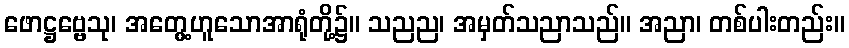
ဖောဋ္ဌဗ္ဗေသု၊ အတွေ့ဟူသောအာရုံတို့၌။ သညည၊ အမှတ်သညာသည်။ အညာ၊ တစ်ပါးတည်း။